Lyperosia minuta, Bezzi - Number 59
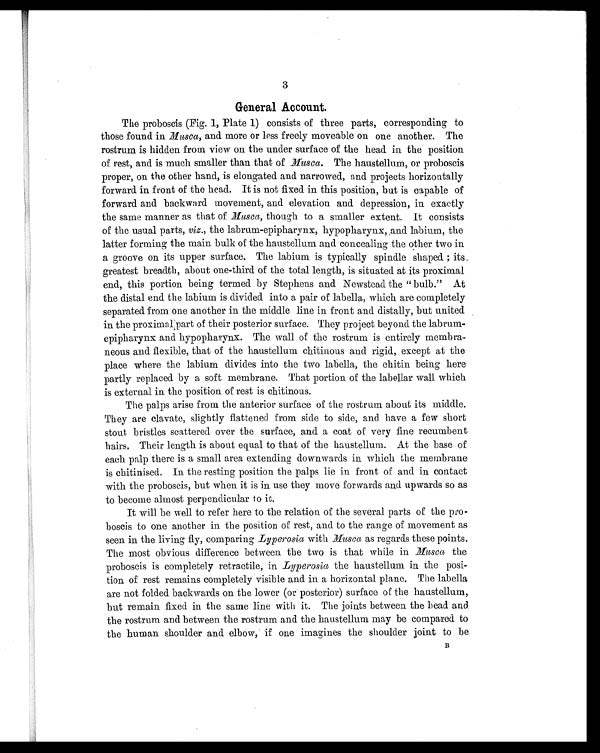
3
General Account.
The proboscis (Fig. 1, Plate 1) consists of three parts, corresponding to
those found in Musca, and more or less freely moveable on one another. The
rostrum is hidden from view on the under surface of the head in the position
of rest, and is much smaller than that of Musca. The haustellum, or proboscis
proper, on the other hand, is elongated and narrowed, and projects horizontally
forward in front of the head. It is not fixed in this position, but is capable of
forward and backward movement, and elevation and depression, in exactly
the same manner as that of Musca, though to a smaller extent. It consists
of the usual parts, viz. , the labrum-epipharynx, hypopharynx, and labium, the
latter forming the main bulk of the haustellum and concealing the other two in
a groove on its upper surface. The labium is typically spindle shaped. ; its.
greatest breadth, about one-third of the total length, is situated at its proximal
end, this portion being termed by Stephens and Newstead the " bulb." At
the distal end the labium is divided into a pair of labella, which are completely
separated from one another in the middle line in front and distally, but united
in the proximal part of their posterior surface. They project beyond the labrum-
epipharynx and hypopharynx. The wall of the rostrum is entirely membra-
neous and flexible, that of the haustellum chitinous and rigid, except at the
place where the labium divides into the two labella, the chitin being here
partly replaced by a soft membrane. That portion of the labellar wall which
is external in the position of rest is chitinous.
The palps arise from the anterior surface of the rostrum about its middle.
They are clavate, slightly flattened from side to side, and have a few short
stout bristles scattered over the surface, and a coat of very fine recumbent
hairs. Their length is about equal to that of the haustellum. At the base of
each palp there is a small area extending downwards in which the membrane
is chitinised. In the resting position the palps lie in front of and in contact
with the proboscis, but when it is in use they move forwards and upwards so as
to become almost perpendicular to it.
It will be well to refer here to the relation of the several parts of the pro-
boscis to one another in the position of rest, and to the range of movement as
seen in the living fly, comparing Lyperosia with Musca as regards these points.
The most obvious difference between the two is that while in Musca the
proboscis is completely retractile, in Lyperosia the haustellum in the posi-
tion of rest remains completely visible and in a horizontal plane. The labella
are not folded backwards on the lower (or posterior) surface of the haustellum,
but remain fixed in the same line with it. The joints between the head and
the rostrum and between the rostrum and the haustellum may be compared to
the human shoulder and elbow, if one imagines the shoulder joint to be
B